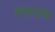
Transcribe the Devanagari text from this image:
रंगाराव